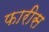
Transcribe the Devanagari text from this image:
फारीस